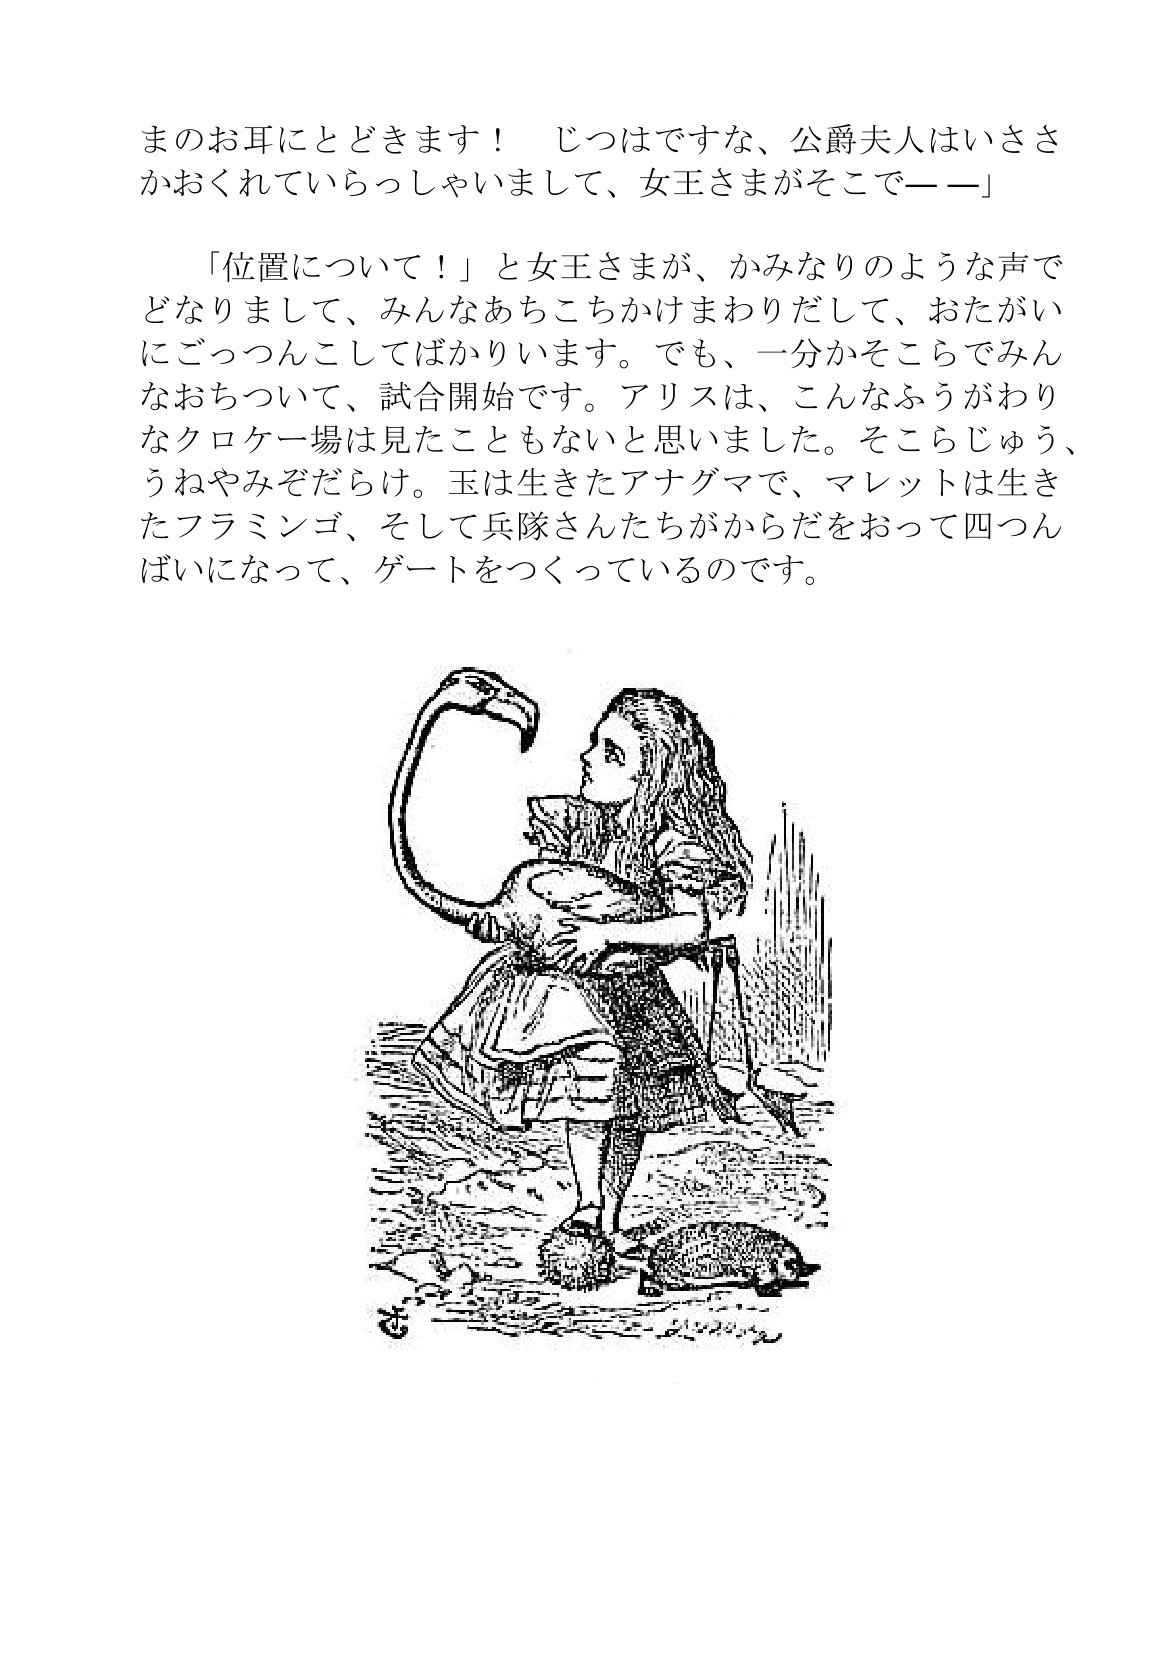
Language: ja